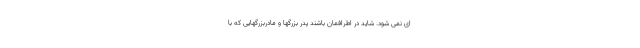
ای نمی شود. شاید در اطرافمان باشند پدر بزرگها و مادربزرگهایی که با